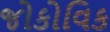
જોકોવિક